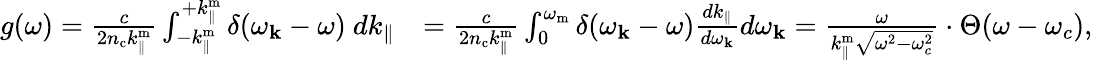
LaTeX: \begin{array}{rl}{g(\omega)=\frac{c}{2n_{\mathrm{c}}k_{\parallel}^{\mathrm{m}}}\int_{-k_{\parallel}^{\mathrm{m}}}^{+k_{\parallel}^{\mathrm{m}}}\delta(\omega_{\mathbf{k}}-\omega)\ dk_{\parallel}}&{=\frac{c}{2n_{\mathrm{c}}k_{\parallel}^{\mathrm{m}}}\int_{0}^{\omega_{\mathrm{m}}}\delta(\omega_{\mathbf{k}}-\omega)\frac{dk_{\parallel}}{d\omega_{\mathbf{k}}}d\omega_{\mathbf{k}}=\frac{\omega}{k_{\parallel}^{\mathrm{m}}\sqrt{\omega^{2}-\omega_{c}^{2}}}\cdot\Theta(\omega-\omega_{c}),}\end{array}